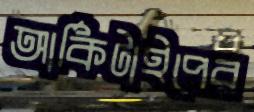
আর্কিটাইপের